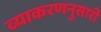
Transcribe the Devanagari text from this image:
व्याकरणनुसारी